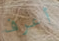
أعرف